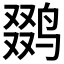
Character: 𱊍